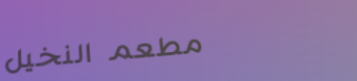
مطعم النخيل